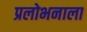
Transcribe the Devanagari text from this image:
प्रलोभनाला